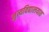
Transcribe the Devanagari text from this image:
नृत्यविद्यालयात